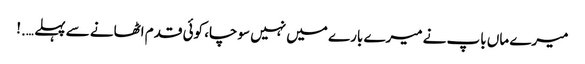
میرے ماں باپ نے میرے بارے میں نہیں سوچا، کوئی قدم اٹھانے سے پہلے ….!